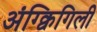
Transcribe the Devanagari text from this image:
अंग्क्विगिली